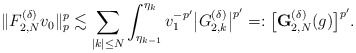
\begin{align*}\|{F}^{(\delta)}_{2,N}v_0\|_p^p\lesssim\sum_{|k|\le N}\int_{\eta_{k-1}}^{\eta_k}v_1^{-p'}\bigl|G_{2,k}^{(\delta)}\bigr|^{p'}=:\bigl[\mathbf{G}^{(\delta)}_{2,N}(g)\bigr]^{p'}.\end{align*}